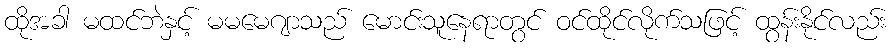
ထိုအခါ မထင်ဘဲနှင့် မမမေဂျာသည် မောင်းသူနေရာတွင် ဝင်ထိုင်လိုက်သဖြင့် ထွန်းနိုင်လည်း